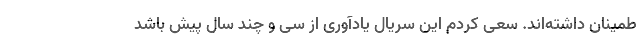
طمینان داشته‌اند. سعی کردم این سریال یادآوری از سی و چند سال پیش باشد